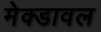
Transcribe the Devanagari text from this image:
मेक्डावल